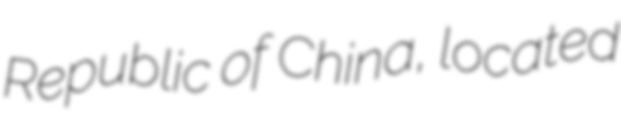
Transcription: Republic of China, located